Civil Veterinary Dept. Bombay admin report 1893-99 - 1893-1899
Year: 1893
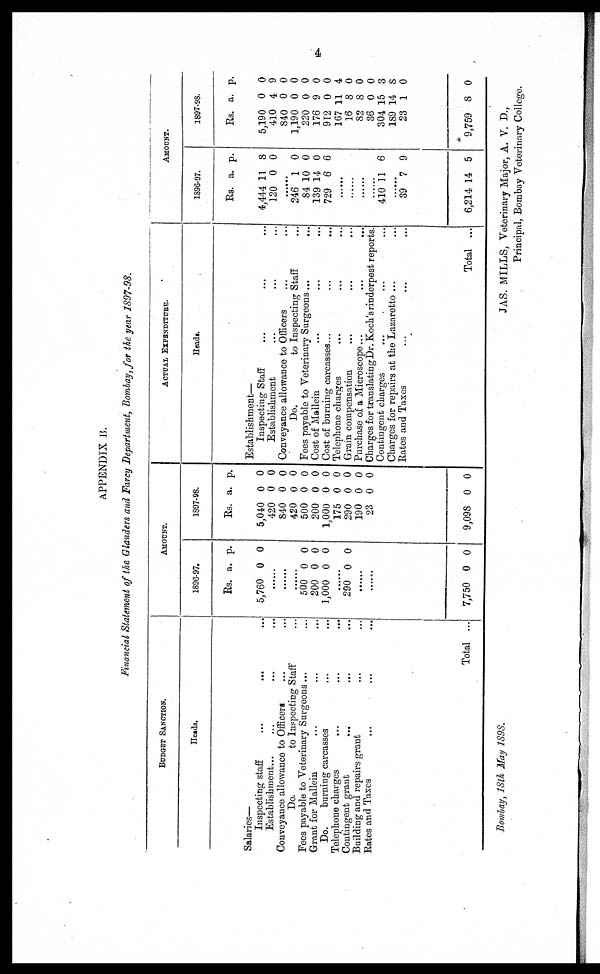
4
APPENDIX B.
Financial Statement of the Glanders and Farcy Department, Bombay, for the year 1897-98.
BUDGET SANCTION.
Heads.
Salaries—
Inspecting staff … … …
Establishment … … … …
Conveyance allowance to Officers … …
Do.
to Inspecting Staff …
Fees payable to Veterinary Surgeons ... …
Grant for Mallein … … …
Do.
burning carcasses … …
Telephone charges … … …
Contingent grant … … …
Building and repairs grant … …
Rates and Taxes … … …
Total ...
AMOUNT
1896-97.
Rs.
5,760
a.
0
p.
0
……
……
……
500
200
1,000
0
0
0
0
0
0
......
290 0 0
……
……
7,750 0 0
1897-98.
Rs.
5,040
420
840
420
500
200
1,000
175
290
190
23
9,098
a.
0
0
0
0
0
0
0
0
0
0
0
0
p.
0
0
0
0
0
0
0
0
0
0
0
0
ACTUAL EXPENDITURE.
Heads.
Establishment—
Inspecting Staff … … …
Establishment … … …
Conveyance allowance to Officers … …
Do.
to Inspecting Staff …
Fees payable to Veterinary Surgeons ... …
Cost of Mallein … … …
Cost of burning carcasses … … …
Telephone charges … … …
Grain compensation … … …
Purchase of a Microscope...
...
...
Charges for translating Dr. Koch's rinderpest reports.
Contingent charges … … …
Charges for repairs at the Lazaretto ... …
Rates and Taxes … … …
Total ...
AMOUNT.
1896-97.
Rs.
4,444
120
a.
11
0
p.
8
0
……
246
84
139
729
1
10
14
6
0
0
0
6
……
……
……
……
410 11 6
.......
39
6,214
7
14
9
5
1897-98.
Rs.
5,190
410
840
1,190
220
176
912
167
16
82
36
304
189
23
9,759
a.
0
4
0
0
0
9
0
11
8
8
0
15
14
1
8
p.
0
9
0
0
0
0
0
4
0
0
0
3
8
0
0
Bombay, 18th May 1898.
JAS. MILLS, Veterinary Major, A. V. D.,
Principal, Bombay Veterinary College.